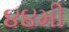
૪૪મી